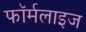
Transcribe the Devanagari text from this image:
फॉर्मलाइज